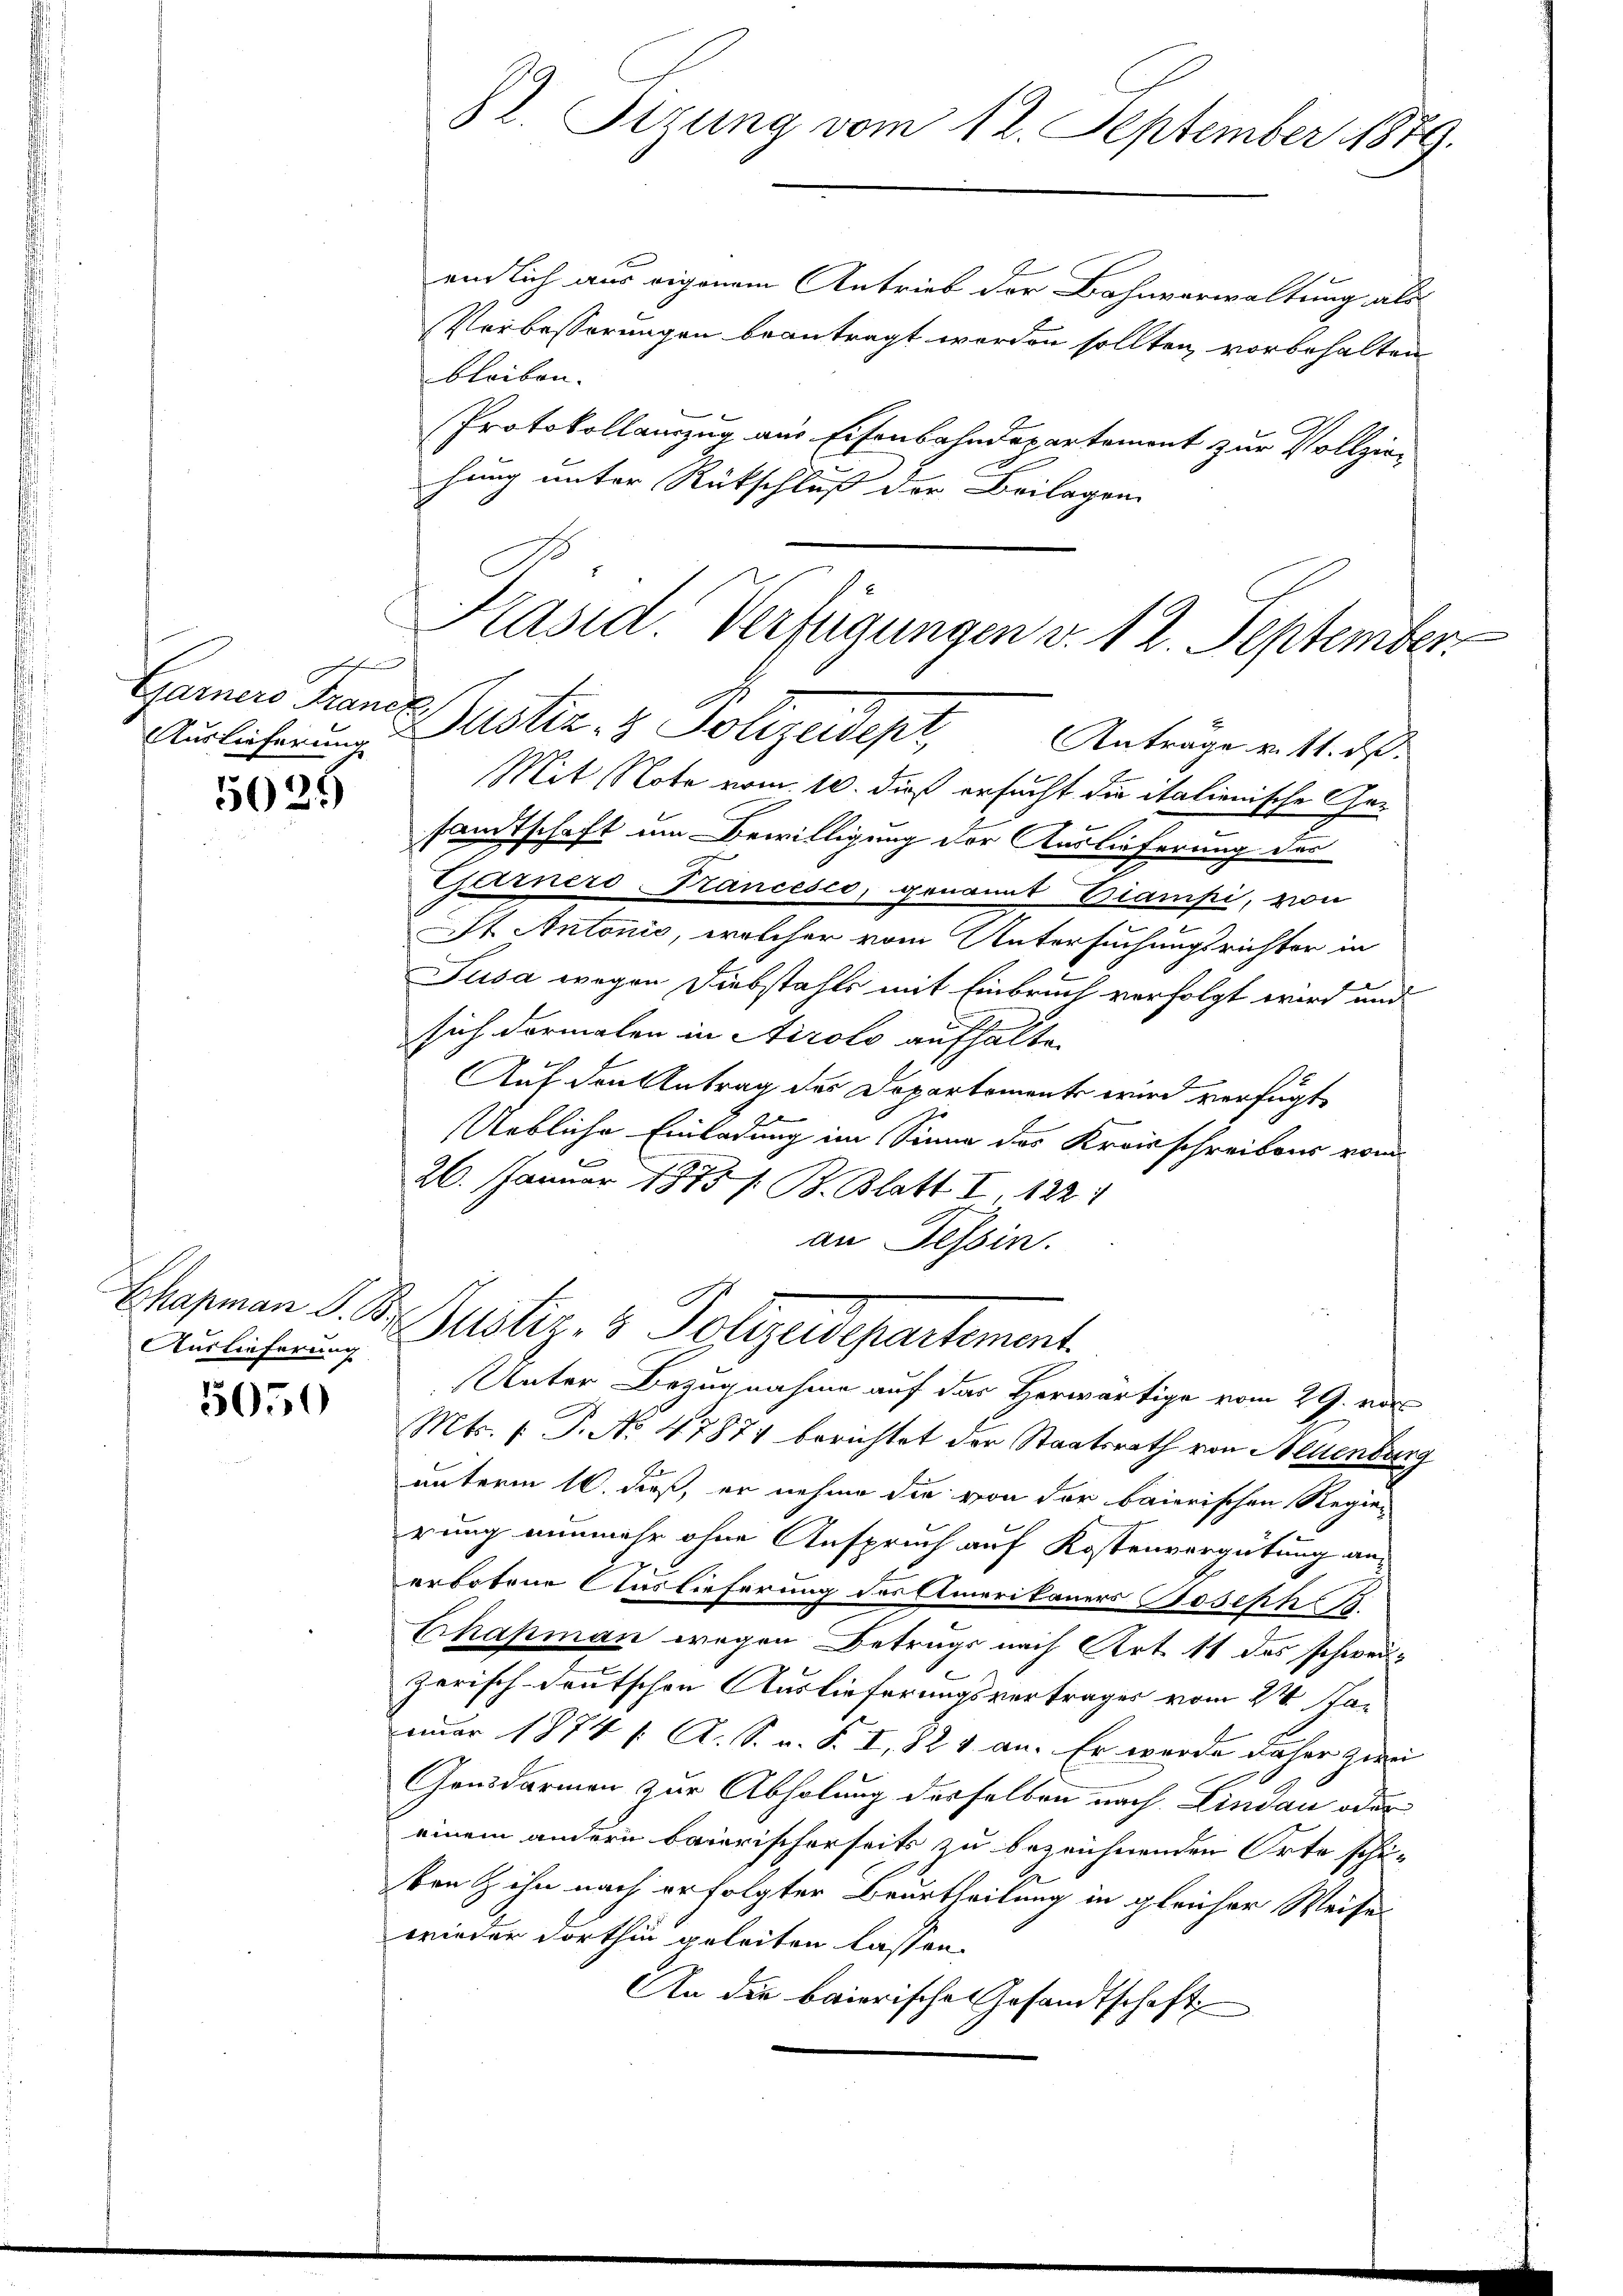
Gamnero France
Auslieferung

5025

Auslieferung

5050

22. Sitzung vom 12. September 1879.

endlich aus eigenem Antrieb der Bahnverwaltung als
Verbesserungen beantragt worden sollten, vorbehalten
bleiben.
Protokollamzug aus Eisenbahndepartement zur Vollziehung unter Rückschluß der Beilagen
Kasid Verfügungen v. 12. September

Justiz- & Polizeidepr

Chasman d. Dr. Justiz & Polizeidepartement.

Anträge v. 11. d.
Mit Note vom 10. dieß ersucht die italienische Gesandtschaft um Bewilligung vor Auslieferung der
Garners-Trancesco, genannt Diampi, von
St. Antonis, welcher vom Untersuchungsrichter in
Pusa wegen Diebstahls mit Einbruch verfolgt wird und
sich dormalen in Airolo aufhalte.
Auf den Antrag des Departemente wird verfügt
Uebliche Einladung im Sinne des Kreisschreibens vom
g
26. Januar 1875 s. B. Blatt I, 1224
an Tessin.
Unter Bezugnahme auf das Herwärtige vom 29. vo
Mts. 1. P. No 47877 berichtet der Staatsrath von Neuenburg
unterm 16. dieß, er nehme die von der baierischen Regier
rung nunmehr ohne Anspruch auf Kostenvergütung an
erbotene Auslieferung der Amerikaners Joseph B.
Chapmann wegen Betrugs nach Art. 11 das schweil-
zerisch-deutschen Auslieferungsvertrages vom 24 Januar 1874 f. A. S. v. S. I, 221 an. Er wurde daher zwei
Gonsdarmen zur Abholung derselben nach Lindau oder
einem andern baierischerseits zu bezeichnenden Orte schiben & ihn nach erfolgter Beurtheilung in gleicher Weise
wieder dorthin geleiten lassen.
An die baierische Gesandtschaft

.